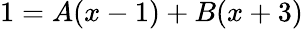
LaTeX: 1=A(x-1)+B(x+3)